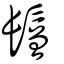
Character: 鬙